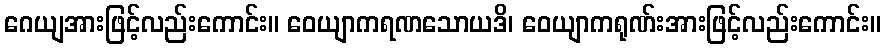
ဂေယျအားဖြင့်လည်းကောင်း။ ဝေယျာကရဏသောယဒိ၊ ဝေယျာကရုဏ်းအားဖြင့်လည်းကောင်း။